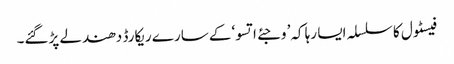
فیسٹول کا سلسلہ ایسا رہا کہ’ وجئے اتسو‘کے سارے ریکارڈ دھندلے پڑگئے۔